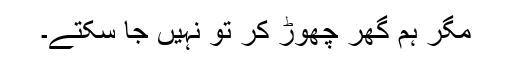
مگر ہم گھر چھوڑ کر تو نہیں جا سکتے۔